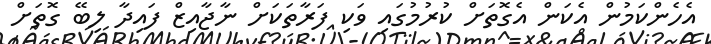
އެހެންކަމުން އެކަން އެގޮތަށް ކުރުމުގައި ވަކި ފަރާތަކަށް ނާޖާއިޒް ފައިދާ ލިބޭ ގޮތަށް